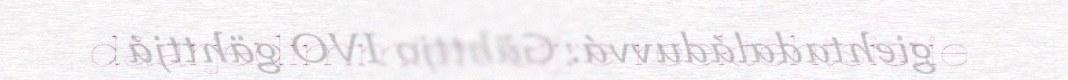
dåarjedimmien bïjre reektehtsistie